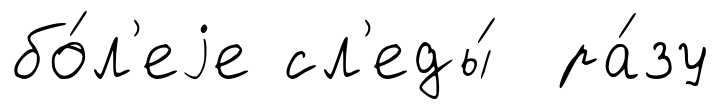
бо́л'еjе сл'еды́ ра́зу